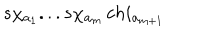
s \chi _ { a _ { 1 } } . . . s \chi _ { a _ { m } } \, c h i _ { a _ { m + 1 } }